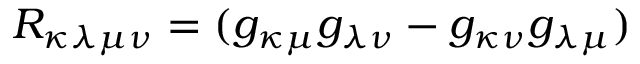
R _ { \kappa \lambda \mu \nu } = ( g _ { \kappa \mu } g _ { \lambda \nu } - g _ { \kappa \nu } g _ { \lambda \mu } )